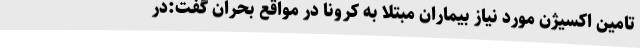
تامین اکسیژن مورد نیاز بیماران مبتلا به کرونا در مواقع بحران گفت:در